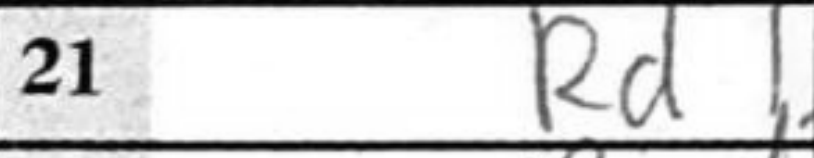
Transcription: Rd1